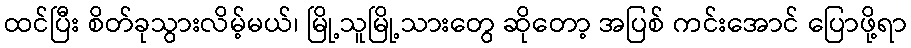
ထင်ပြီး စိတ်ခုသွားလိမ့်မယ်၊ မြို့သူမြို့သားတွေ ဆိုတော့ အပြစ် ကင်းအောင် ပြောဖို့ရာ